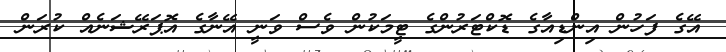
އޭގެ ފަހުން އިންޑިއާގެ ޑޮކްޓަރުންގެ ޓީމަކުން ވެސް ވަނީ އޭނާގެ އޮޕަރޭޝަނެއް ކުރަން